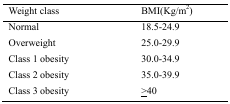
<table><thead><tr><td><b>Weight class</b></td><td><b>BMI(Kg/m<sup>2</sup>)</b></td></tr></thead><tbody><tr><td>Normal</td><td>18.5-24.9</td></tr><tr><td>Overweight</td><td>25.0-29.9</td></tr><tr><td>Class 1 obesity</td><td>30.0-34.9</td></tr><tr><td>Class 2 obesity</td><td>35.0-39.9</td></tr><tr><td>Class 3 obesity</td><td>≥40</td></tr></tbody></table>